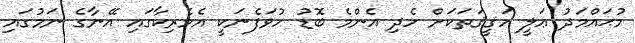
މުޙައްމަދު ޢަލީ ހަޤީޤަތަކަށް ހެދި އެންމެ ބޮޑު ހުވަފެނަކީ އެމެރިކާގައި އޭނާގެ ނަމުގައި